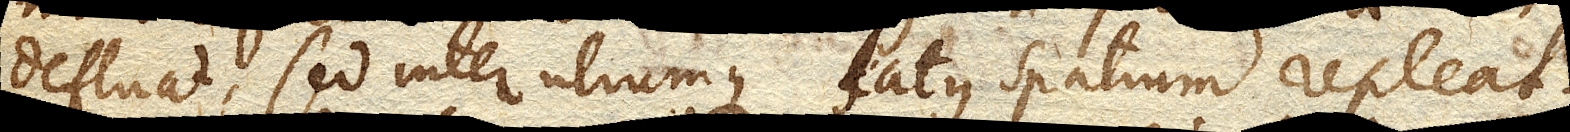
defluat, sed inter utrumque latus spatium repleat.